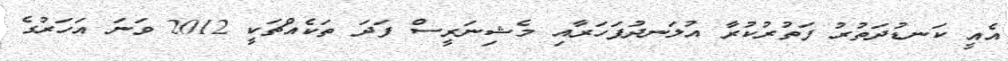
އެއީ ކަނޑުދަތުރު ފަތުރުކުރާ އުލަނދުފަހަރާއި މެޝިނަރީސް ފަދަ ތަކެއްޗަކީ 2012 ވަނަ އަހަރުގެ